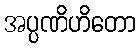
အပ္ပဏိဟိတော